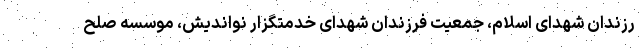
رزندان شهدای اسلام، جمعیت فرزندان شهدای خدمتگزار نواندیش، موسسه صلح